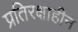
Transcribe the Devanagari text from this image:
प्रतिरक्षाहीन